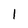
Character: 1